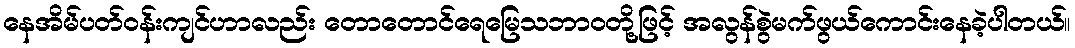
နေအိမ်ပတ်ဝန်းကျင်ဟာလည်း တောတောင်ရေမြေသဘာဝတို့ဖြင့် အလွန်စွဲမက်ဖွယ်ကောင်းနေခဲ့ပါတယ်။